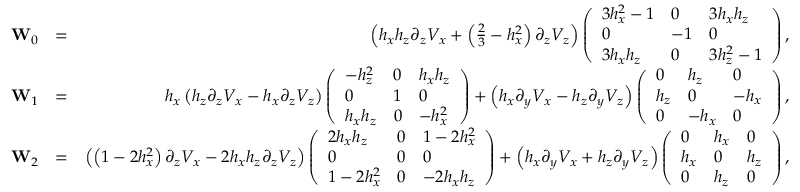
\begin{array} { r l r } { \mathbf { W } _ { 0 } } & { = } & { \left( h _ { x } h _ { z } \partial _ { z } V _ { x } + \left( \frac { 2 } { 3 } - h _ { x } ^ { 2 } \right) \partial _ { z } V _ { z } \right) \left( \begin{array} { l l l } { 3 h _ { x } ^ { 2 } - 1 } & { 0 } & { 3 h _ { x } h _ { z } } \\ { 0 } & { - 1 } & { 0 } \\ { 3 h _ { x } h _ { z } } & { 0 } & { 3 h _ { z } ^ { 2 } - 1 } \end{array} \right) , } \\ { \mathbf { W } _ { 1 } } & { = } & { h _ { x } \left( h _ { z } \partial _ { z } V _ { x } - h _ { x } \partial _ { z } V _ { z } \right) \left( \begin{array} { l l l } { - h _ { z } ^ { 2 } } & { 0 } & { h _ { x } h _ { z } } \\ { 0 } & { 1 } & { 0 } \\ { h _ { x } h _ { z } } & { 0 } & { - h _ { x } ^ { 2 } } \end{array} \right) + \left( h _ { x } \partial _ { y } V _ { x } - h _ { z } \partial _ { y } V _ { z } \right) \left( \begin{array} { l l l } { 0 } & { h _ { z } } & { 0 } \\ { h _ { z } } & { 0 } & { - h _ { x } } \\ { 0 } & { - h _ { x } } & { 0 } \end{array} \right) , } \\ { \mathbf { W } _ { 2 } } & { = } & { \left( \left( 1 - 2 h _ { x } ^ { 2 } \right) \partial _ { z } V _ { x } - 2 h _ { x } h _ { z } \partial _ { z } V _ { z } \right) \left( \begin{array} { l l l } { 2 h _ { x } h _ { z } } & { 0 } & { 1 - 2 h _ { x } ^ { 2 } } \\ { 0 } & { 0 } & { 0 } \\ { 1 - 2 h _ { x } ^ { 2 } } & { 0 } & { - 2 h _ { x } h _ { z } } \end{array} \right) + \left( h _ { x } \partial _ { y } V _ { x } + h _ { z } \partial _ { y } V _ { z } \right) \left( \begin{array} { l l l } { 0 } & { h _ { x } } & { 0 } \\ { h _ { x } } & { 0 } & { h _ { z } } \\ { 0 } & { h _ { z } } & { 0 } \end{array} \right) , } \end{array}